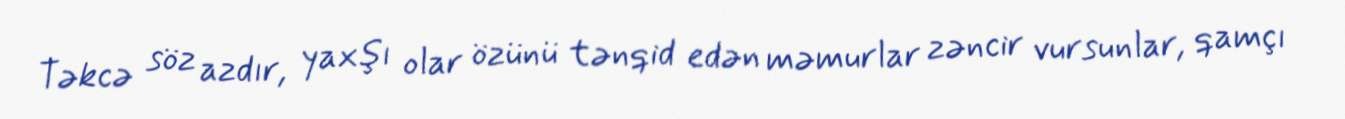
Təkcə söz azdır, yaxşı olar özünü tənqid edən məmurlar zəncir vursunlar, qamçı